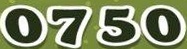
0750